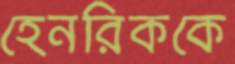
হেনরিককে